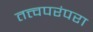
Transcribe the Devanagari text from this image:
तत्त्वपरंपरा